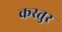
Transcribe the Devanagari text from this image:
कस्तुर